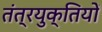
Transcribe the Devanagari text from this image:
तंत्रयुक्तियों